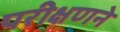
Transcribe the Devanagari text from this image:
परीक्षणने